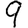
Digit: 9